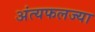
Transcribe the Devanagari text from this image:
अंत्यफलज्या